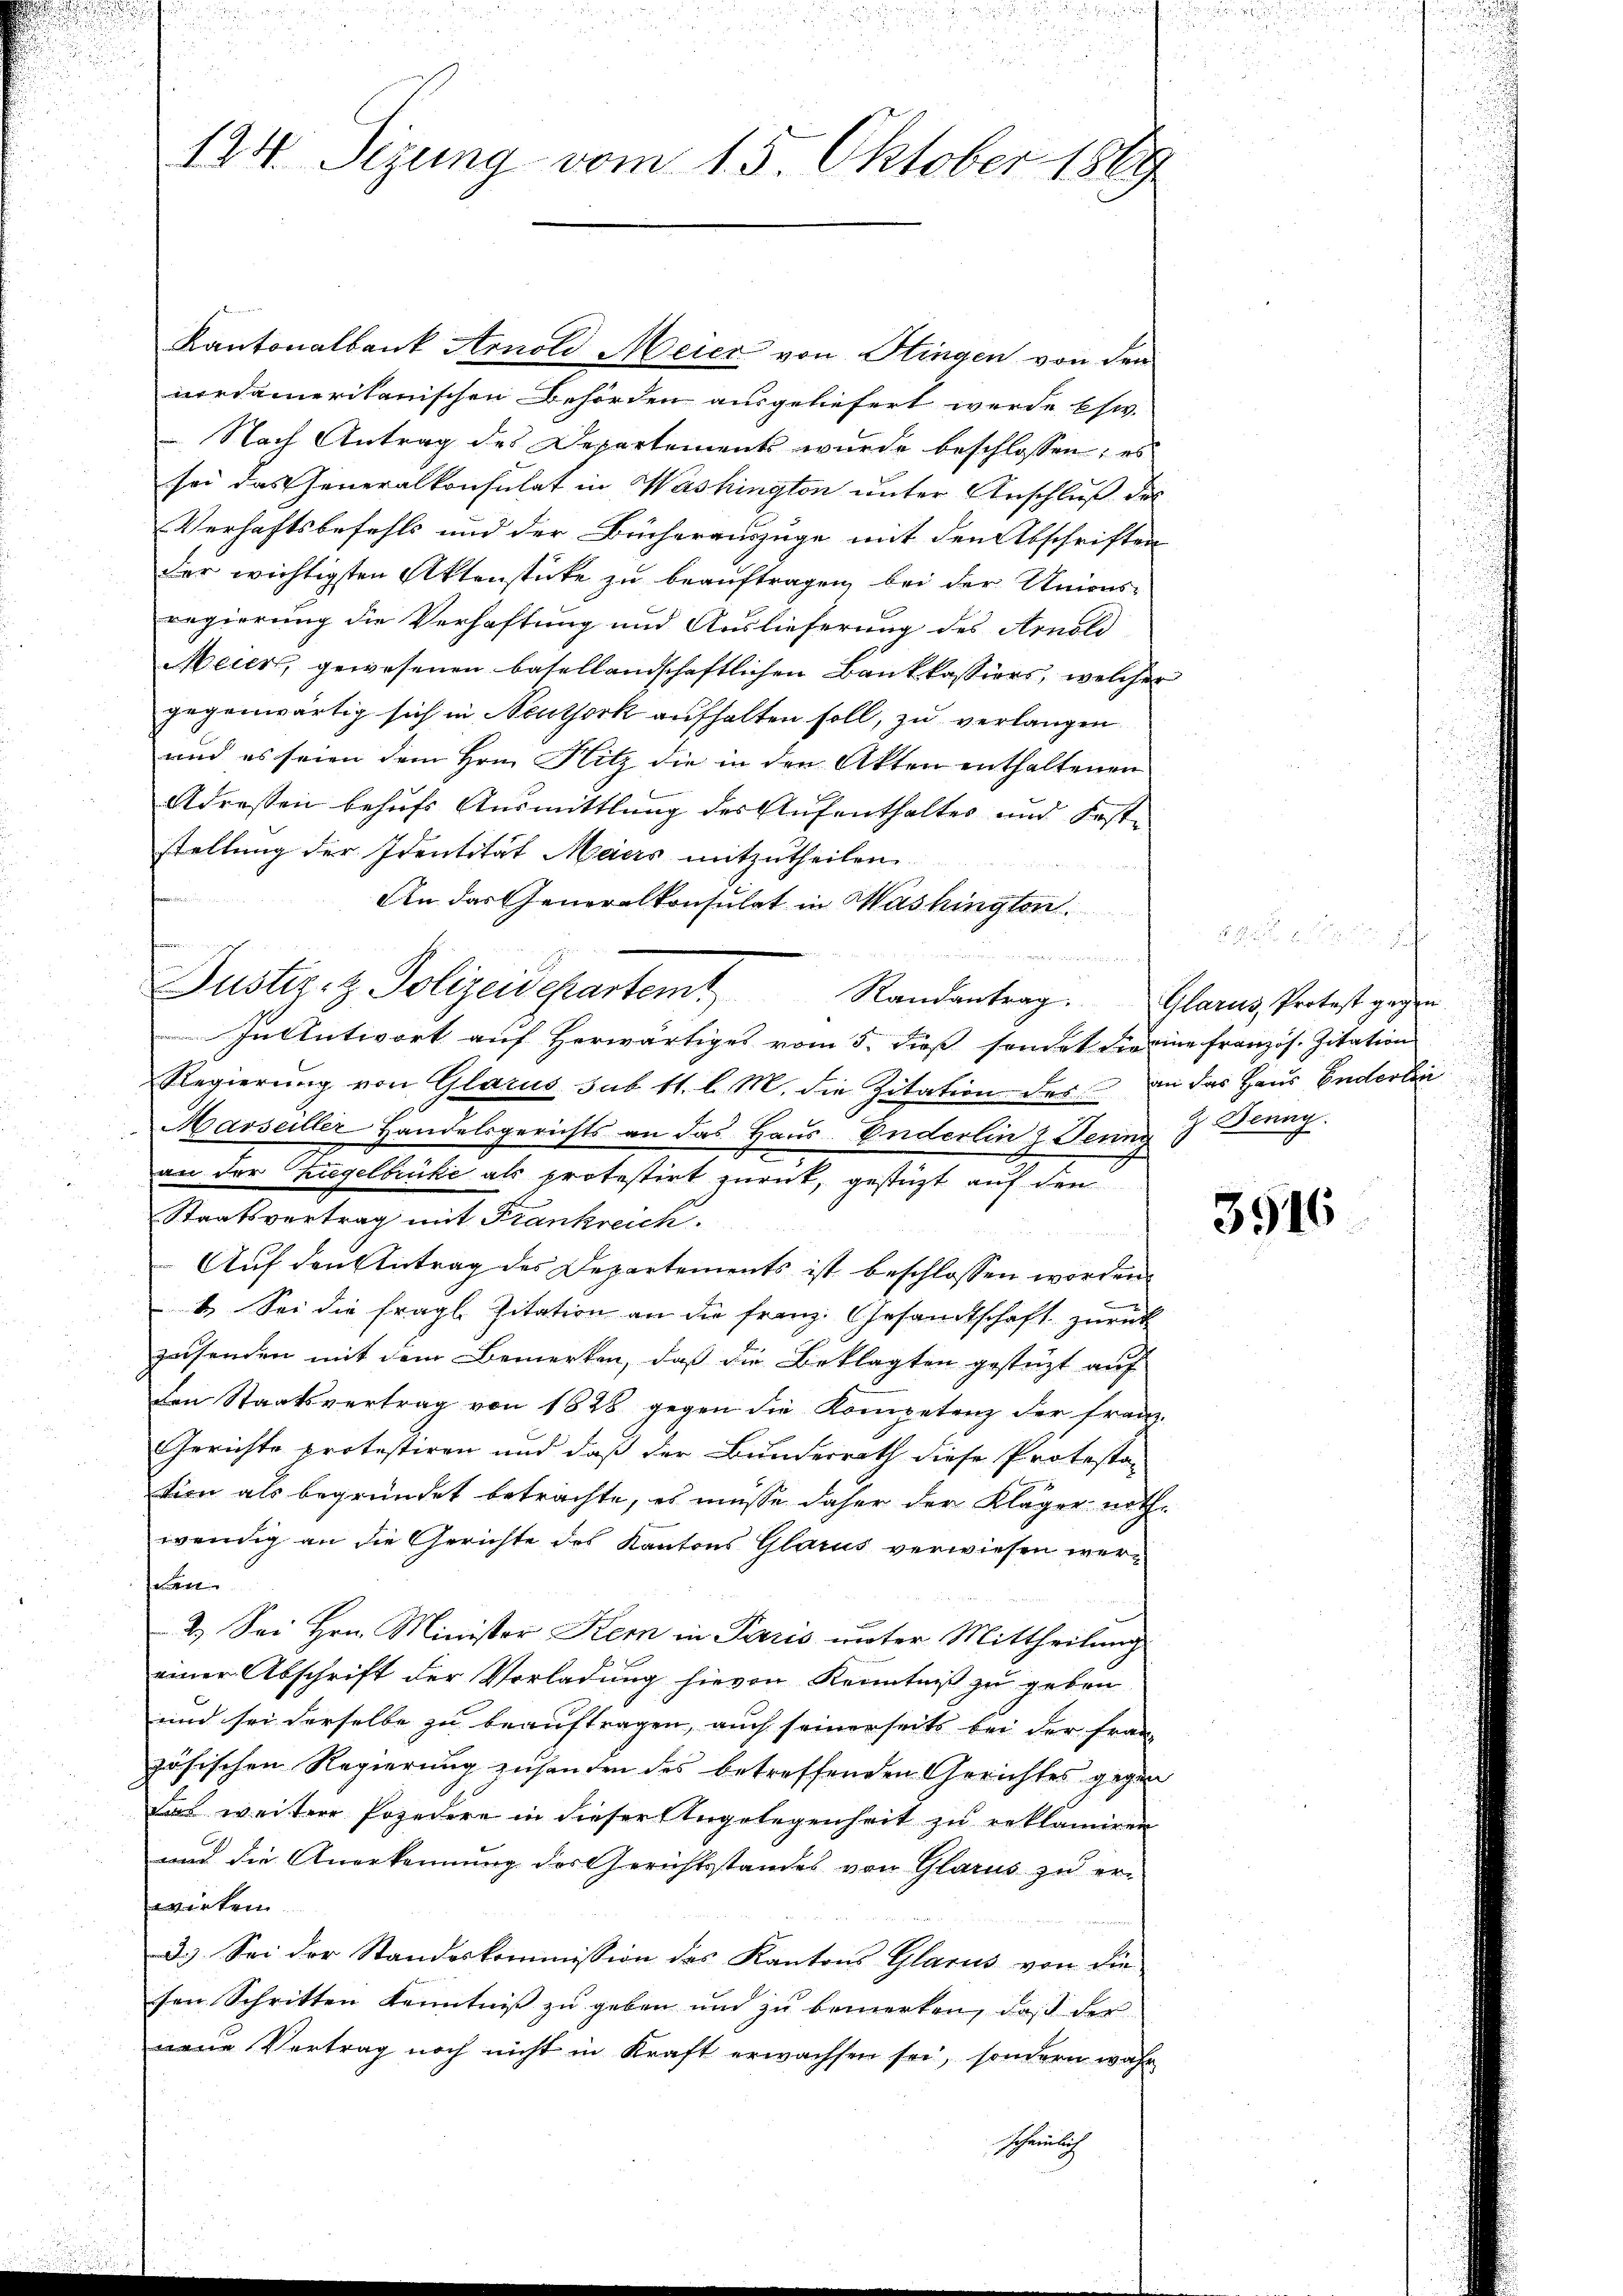
merdameritanischen Behörden ausgeliefert werde usw.
 Nach Antrag des Departements wurde beschlossen; es
sei das Generalkonsulat in Washington unter Anschluß des
Verhaftsbefehls und der Bücherauszüge mit den Abschriften
der wichtigsten Aktenstücke zu beauftragen, bei der Unionsregierung die Verhaftung und Auslieferung des Arnold
Meus, gewesenen basellandschaftlichen Bankkassiers, welcher
gegenwärtig sich in Neuthork aufhalten soll, zu verlangen
und es seien dem Hrn. Hitz die in den Akten enthaltenen
Adressen behufs Ausmittlung des Aufenthalter und Fest-
stellung der Identität Maiers mitzutheilen.
An das Generalkonsulat in Washington

In Antwort auf herwärtiges vom 5. dieß sendet die eine Französ. Zitation
Regierung von Glarus sub 11. l. M. die Zitation des an das Haus Enderlin
Marseiller Handelsgerichts an das Haus. Enderlin z. Jenny 7 Donay.
an der Ziegelbuche als protestirt zurück, gestüzt auf den
Staatsvertrag mit Frankreich.
Auf den Antrag des Departements ist beschlossen worden
1. Sei die fragl. Zitation an die Franz. Gesandtschaft zurück
zesenden mit dem Bemerken, daß die Beklagten gestüzt auf
den Staatsvertrag von 1828 gegen die Kompetenz der Franz-
Gerichte protestiren und daß der Bunderrath diese Protestan
tion als begründet betrachte, es müsse daher der Kläger nothwendig an die Gerichte des Kantons Glarus verwiesen wersehen
2.) Sei Hrn. Minister Kern in Paris unter Mittheilung
einer Abschrift der Vorladung hievon Kenntniß zu geben
und sei derselbe zu beauftragen, auch seinerseits bei der fran-
zösischen Regierung zusenden des betreffenden Gerichtes gegen
das weitere Posedere in dieser Angelegenheit zu reklamiren
und die Anerkennung des Gerichtsstandes von Glarus zu er-
wirken
D.). Sei der Standeskommission des Kantons Glarus von die
sen Schritten Kenntniß zu geben und zu bemerken, daß der
neue Vertrag noch nicht in Kraft erwachsen sei, sondern wahr
Scheinlich

n
124. Sizung vom 15. Oktober 1869

Justiz- & Polizeidepartem

Kantonalbank Arnold Meier von Stingen von den

Randantrag. Glarus, Protest gegen

3916